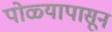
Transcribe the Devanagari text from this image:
पोळ्यापासून